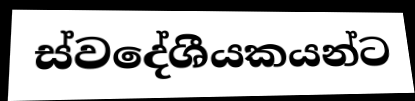
ස්වදේශීයකයන්ට